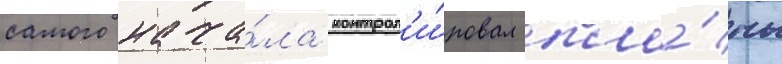
самого нача́ла контрол'и́ровал пла́ны